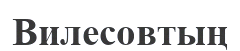
Вилесовтың